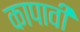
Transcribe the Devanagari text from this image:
कापावी